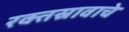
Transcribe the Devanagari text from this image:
रक्तस्रावाचे